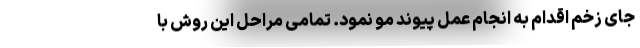
جای زخم اقدام به انجام عمل پیوند مو نمود. تمامی مراحل این روش با